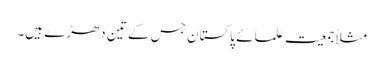
مثلاً جمعیت علمائے پاکستان جس کے تین دھڑے ہیں۔